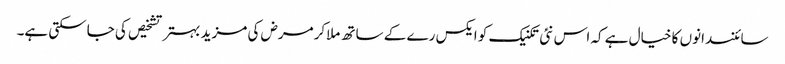
سائنسدانوں کا خیال ہے کہ اس نئی تکنیک کو ایکس رے کے ساتھ ملاکرمرض کی مزید بہتر تشخیص کی جاسکتی ہے۔